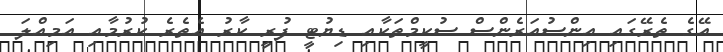
އޭގެ ތެރޭގައި އިންސުއަރެންސް ސުކީމްތަކާއި ޑިޔުޓީ ފުރީ ކާރު އެތެރެ ކުރުމާއި އަމިއްލަ